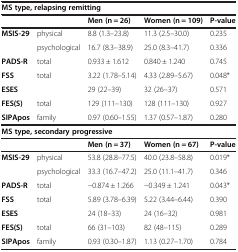
<table><thead><tr><td colspan="5"><b>MS type, relapsing remitting</b></td></tr><tr><td><b> </b></td><td><b> </b></td><td><b>Men (n = 26)</b></td><td><b>Women (n = 109)</b></td><td><b>P-value</b></td></tr></thead><tbody><tr><td><b>MSIS-29</b></td><td>physical</td><td>8.8 (1.3–23.8)</td><td>11.3 (2.5–30.0)</td><td>0.235</td></tr><tr><td> </td><td>psychological</td><td>16.7 (8.3–38.9)</td><td>25.0 (8.3–41.7)</td><td>0.336</td></tr><tr><td><b>PADS-R</b></td><td>total</td><td>0.933 ± 1.612</td><td>0.840 ± 1.240</td><td>0.745</td></tr><tr><td><b>FSS</b></td><td>total</td><td>3.22 (1.78–5.14)</td><td>4.33 (2.89–5.67)</td><td>0.048*</td></tr><tr><td><b>ESES</b></td><td> </td><td>29 (22–39)</td><td>32 (26–37)</td><td>0.571</td></tr><tr><td><b>FES(S)</b></td><td>total</td><td>129 (111–130)</td><td>128 (111–130)</td><td>0.927</td></tr><tr><td><b>SIPApos</b></td><td>family</td><td>0.97 (0.60–1.55)</td><td>1.37 (0.57–1.87)</td><td>0.280</td></tr><tr><td colspan="5"><b>MS type, secondary progressive</b></td></tr><tr><td> </td><td> </td><td><b>Men (n = 37)</b></td><td><b>Women (n = 67)</b></td><td><b>P-value</b></td></tr><tr><td><b>MSIS-29</b></td><td>physical</td><td>53.8 (28.8–77.5)</td><td>40.0 (23.8–58.8)</td><td>0.019*</td></tr><tr><td> </td><td>psychological</td><td>33.3 (16.7–47.2)</td><td>25.0 (11.1–41.7)</td><td>0.346</td></tr><tr><td><b>PADS-R</b></td><td>total</td><td>-0.874 ± 1.266</td><td>-0.349 ± 1.241</td><td>0.043*</td></tr><tr><td><b>FSS</b></td><td>total</td><td>5.89 (3.78–6.39)</td><td>5.22 (3.44–6.44)</td><td>0.390</td></tr><tr><td><b>ESES</b></td><td> </td><td>24 (18–33)</td><td>24 (16–32)</td><td>0.981</td></tr><tr><td><b>FES(S)</b></td><td>total</td><td>66 (31–103)</td><td>82 (48–115)</td><td>0.289</td></tr><tr><td><b>SIPApos</b></td><td>family</td><td>0.93 (0.30–1.87)</td><td>1.13 (0.27–1.70)</td><td>0.784</td></tr></tbody></table>